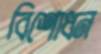
বিশোধন